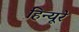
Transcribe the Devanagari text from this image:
हिन्यूरे